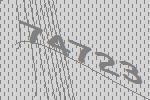
74723